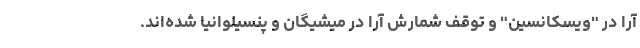
آرا در "ویسکانسین" و توقف شمارش آرا در میشیگان و پنسیلوانیا شده‌اند.